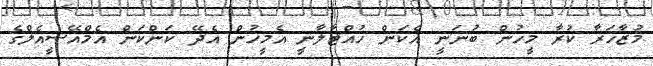
މުޒާހަރާ ކުރާ މީހުން ބުނަނީ އެކަން ހުއްޓާލާނީ އެމީހުން އެދޭ ކަންކަން އެމްއޭސީއެލްގެ